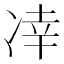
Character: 㓑